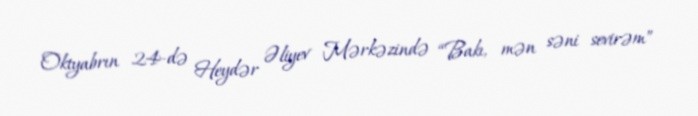
Oktyabrın 24-də Heydər Əliyev Mərkəzində “Bakı, mən səni sevirəm”